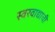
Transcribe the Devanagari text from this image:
स्वरवाद्याची